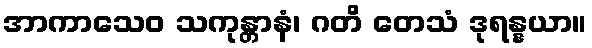
အာကာသေဝ သကုန္တာနံ၊ ဂတိ တေသံ ဒုရန္နယာ။